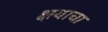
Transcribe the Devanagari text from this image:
क्षयाचा